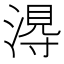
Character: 𭱭